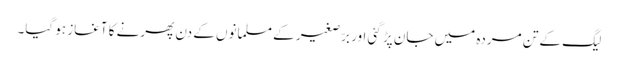
لیگ کے تن مردہ میں جان پڑ گئی اور برّصغیر کے مسلمانوں کے دن پھرنے کا آغاز ہو گیا۔